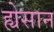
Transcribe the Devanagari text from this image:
ह्येसान